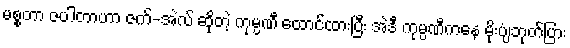
မစ္စတာ ဇပါတာဟာ ဇက်-အဲလ် ဆိုတဲ့ ကုမ္ပဏီ ထောင်ထားပြီး အဲဒီ ကုမ္ပဏီကနေ မိုးပျံဘုတ်ပြား